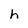
Character: h